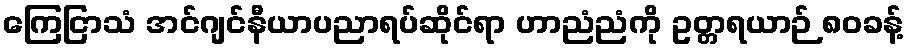
ကြေငြာသံ အင်ဂျင်နီယာပညာရပ်ဆိုင်ရာ ဟာညံညံကို ဥတ္တရယာဉ် ၈၀ခန့်